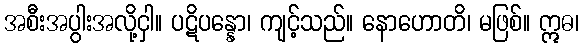
အစီးအပွါးအလို့ငှါ။ ပဋိပန္နော၊ ကျင့်သည်။ နောဟောတိ၊ မဖြစ်။ ဣဓ၊